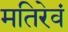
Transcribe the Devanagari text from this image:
मतिरेवं